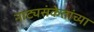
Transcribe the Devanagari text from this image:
नाट्यसंकेतांच्या